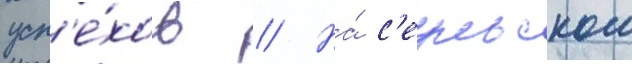
усп'е́хов // На́ с'еульском